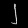
Digit: ၂